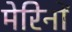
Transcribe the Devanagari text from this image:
मेरिनों